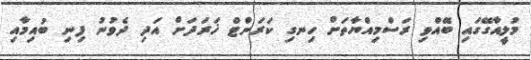
މުލީއާގޭގައި ބޭއްވި ރަސްމިއްޔާތަށް ހިނގި ކަރަންޓް ޚަރަދަށް އަދި ދެވުނު ފިނި ބުއިމާއި